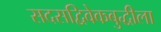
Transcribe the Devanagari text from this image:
सदसद्विवेकबुद्धीला